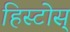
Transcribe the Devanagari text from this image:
हिस्टोस्‌